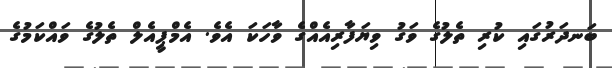
ބަނދަރުގައި ކުރި ތެލުގެ ވަގު ވިޔަފާރިއެއްގެ ވާހަކަ އެވެ. އެމްޕީއެލް ތެލުގެ ވައްކަމުގެ